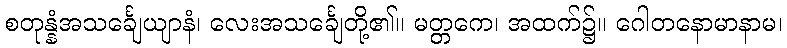
စတုန္နံအသင်္ချေယျာနံ၊ လေးအသင်္ချေတို့၏။ မတ္တကေ၊ အထက်၌။ ဂေါတနောမာနာမ၊